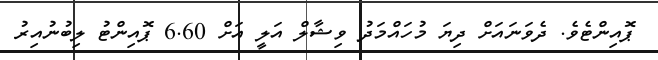
ޕޮއިންޓެވެ. ދެވަނައަށް ދިޔަ މުހައްމަދު ވިޝާލް އަލީ އަށް 6.60 ޕޮއިންޓު ލިބުނުއިރު